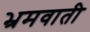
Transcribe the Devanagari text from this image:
भ्रमवाती